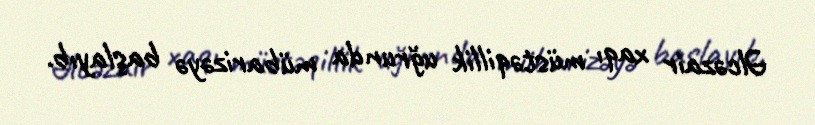
Əlcəzair xaqı müstəqillik uğrunda mübarizəyə başlayıb.